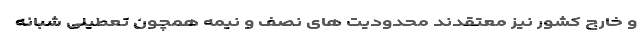
و خارج کشور نیز معتقدند محدودیت های نصف و نیمه همچون تعطیلی شبانه